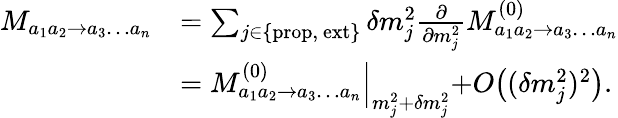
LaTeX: \begin{array}{rl}{M_{a_{1}a_{2}\to a_{3}\dots a_{n}}}&{=\sum_{{j\in\{ \mathrm{prop,~ext}\} }}\delta m_{j}^{2}\frac{\partial}{\partial m_{j}^{2}}M_{a_{1}a_{2}\to a_{3}\dots a_{n}}^{(0)}}\\ &{=M_{a_{1}a_{2}\to a_{3}\dots a_{n}}^{(0)}\Bigl|_{m_{j}^{2}+\delta m_{j}^{2}}+O\bigl((\delta m_{j}^{2})^{2}\bigl).}\end{array}